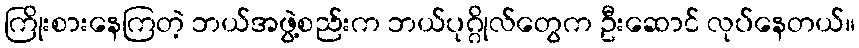
ကြိုးစားနေကြတဲ့ ဘယ်အဖွဲ့စည်းက ဘယ်ပုဂ္ဂိုလ်တွေက ဦးဆောင် လုပ်နေတယ်။